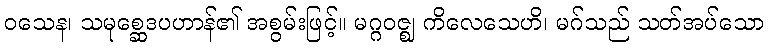
ဝသေန၊ သမုစ္ဆေဒပဟာန်၏ အစွမ်းဖြင့်။ မဂ္ဂဝဇ္ဈ ကိလေသေဟိ၊ မဂ်သည် သတ်အပ်သော